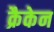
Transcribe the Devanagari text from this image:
क्रैकेन